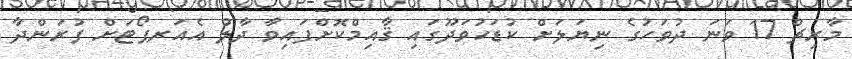
މާރިޗް 17 ވަނަ ދުވަހުގެ ނިޔަލަށް ކުޑަހުވަދޫގައި ޤާއިމްކޮށްފައިވާ ދާލު އެއަރޕޯޓަށް ފުރަންދާ